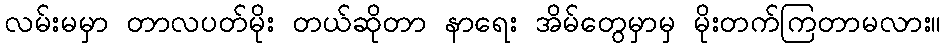
လမ်းမမှာ တာလပတ်မိုး တယ်ဆိုတာ နာရေး အိမ်တွေမှာမှ မိုးတက်ကြတာမလား။